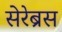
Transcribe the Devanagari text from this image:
सेरेब्रस